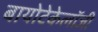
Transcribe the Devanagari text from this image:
बायोटेकेलॉजी